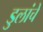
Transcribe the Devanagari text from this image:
डुलांचे